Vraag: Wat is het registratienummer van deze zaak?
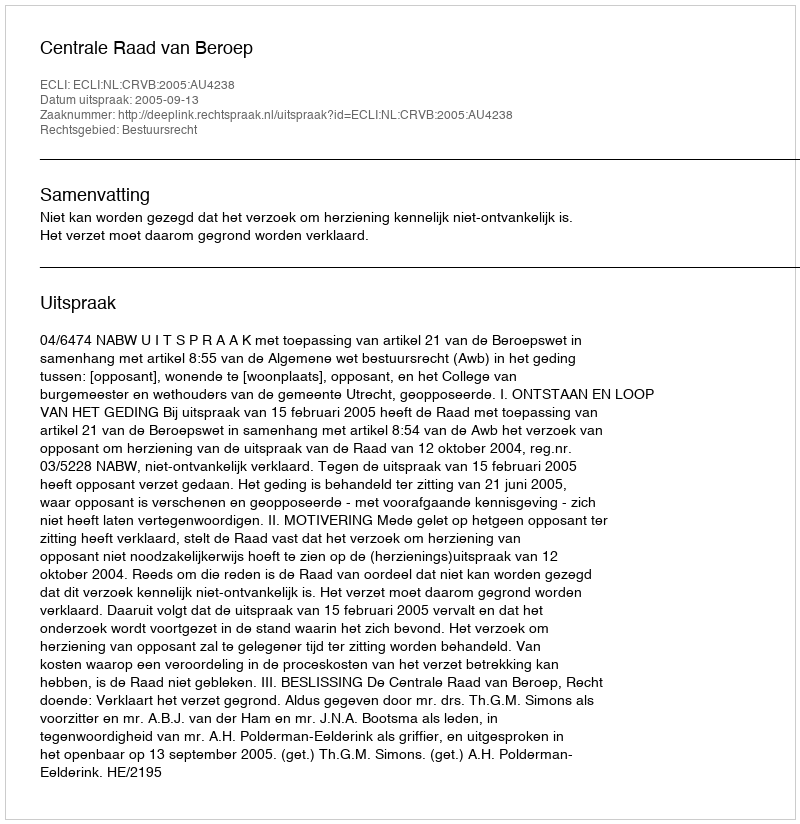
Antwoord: http://deeplink.rechtspraak.nl/uitspraak?id=ECLI:NL:CRVB:2005:AU4238